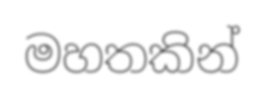
මහතකින්